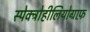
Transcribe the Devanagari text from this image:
स्पेक्ट्रोहीलियोग्राफ़